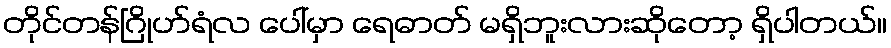
တိုင်တန်ဂြိုဟ်ရံလ ပေါ်မှာ ရေဓာတ် မရှိဘူးလားဆိုတော့ ရှိပါတယ်။